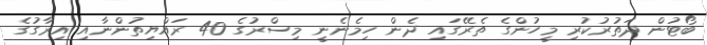
ބޯޓުން ދަތުރުކުރި މީހުންގެ ތެރޭގައި ދެން ހިމެނެނީ މިސްރުގެ 40 ރައްޔިތުންނާއި އިރާގުގެ